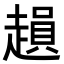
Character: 𧽛